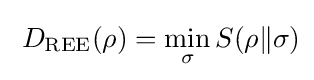
\;D_{\mathrm {REE} }(\rho )=\min _{\sigma }S(\rho \|\sigma )